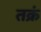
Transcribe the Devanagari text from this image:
तक्रं